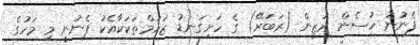
ފެނުުނު ހުސެން ރަޒީން (ރަބަރޭ) ގެ ހަށިގަނޑު ޒަހަމްތަކަކާއެކު ފެނުނީ މި މަހުގެ